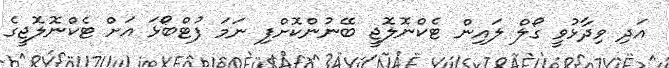
އަދި ވިދާޅުވީ ގޯލް ލައިން ޓެކްނޮލޮޖީ ބޭނުންކޮށްފި ނަމަ ފުޓްބޯޅަ އަށް ޓެކްނޮލޮޖީގެ